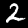
Digit: 2